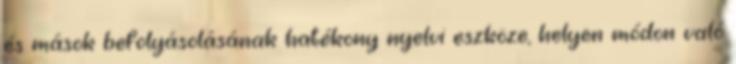
és mások befolyásolásának hatékony nyelvi eszköze, helyen módon való